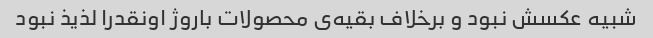
شبیه عکسش نبود و برخلاف بقیه‌ی محصولات باروژ اونقدرا لذیذ نبود